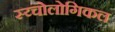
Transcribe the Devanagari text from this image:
स्य्चोलोगिकल